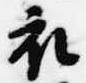
衣